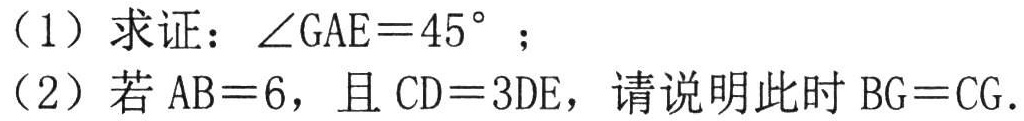
（1）求证：\(\angle GAE = 45^{\circ}\)；
（2）若\(AB = 6\)，且\(CD = 3DE\)，请说明此时\(BG = CG\).